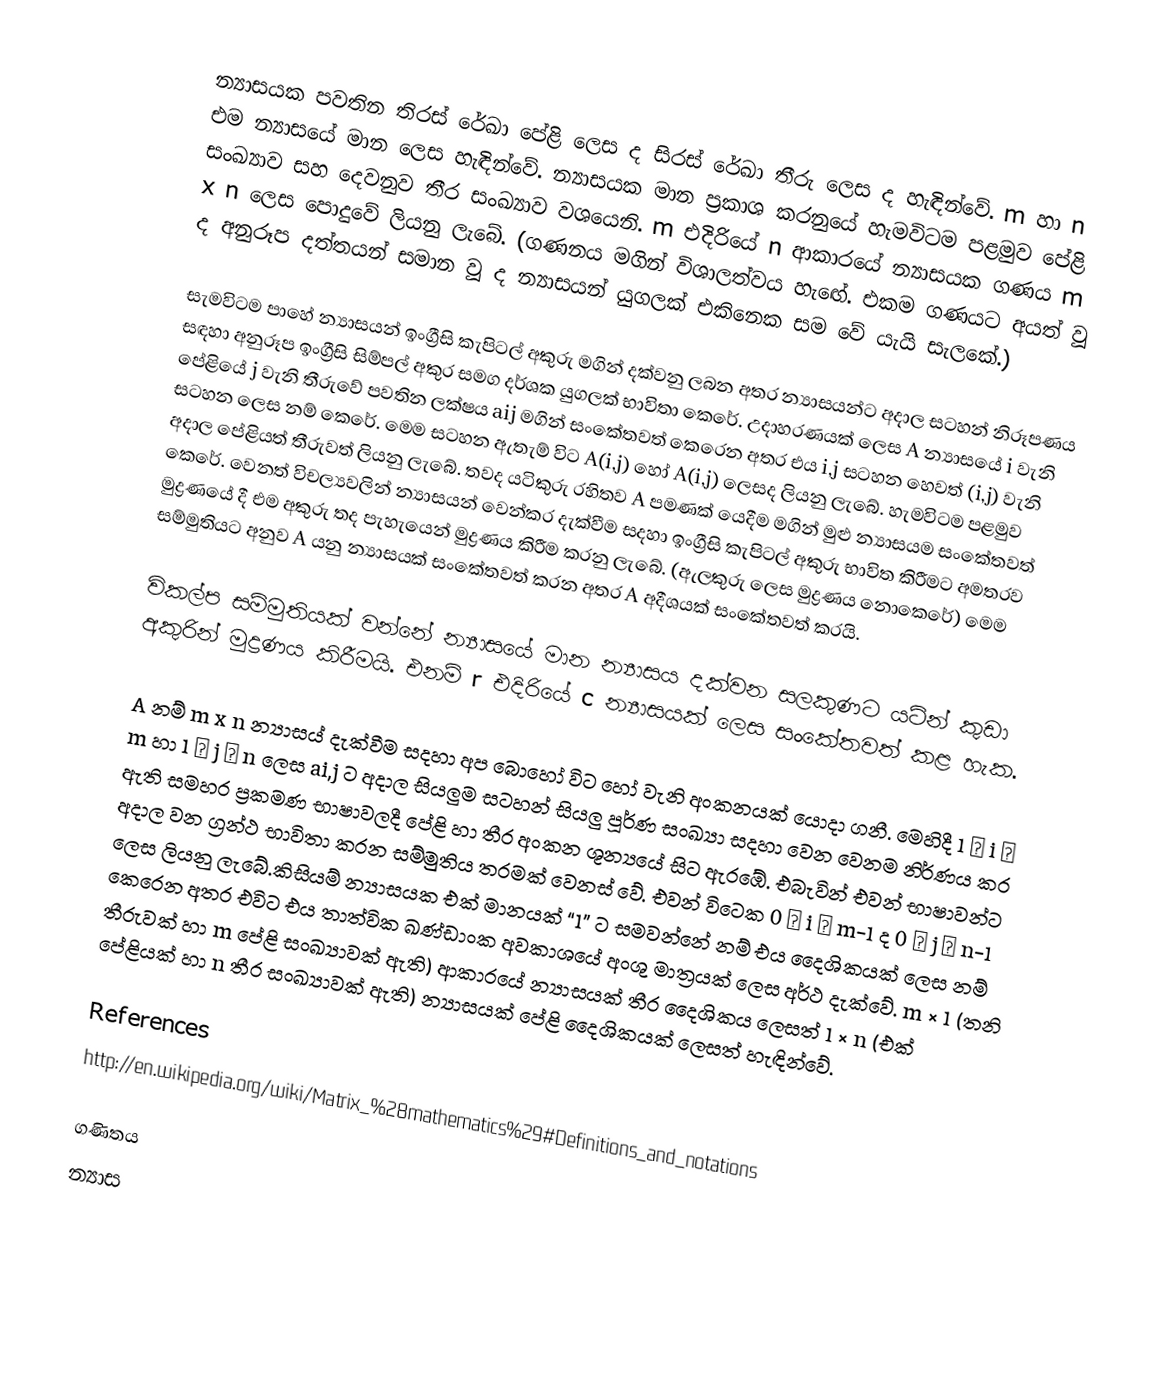
න්‍යාසයක පවතින තිරස් රේඛා පේළි ලෙස ද සිරස් රේඛා තීරු ලෙස ද හැඳින්වේ. m හා n එම න්‍යාසයේ මාන ලෙස හැඳින්වේ. න්‍යාසයක මාන ප්‍රකාශ කරනුයේ හැමවිටම පළමුව පේළි  සංඛ්‍යාව සහ දෙවනුව තීර සංඛ්‍යාව වශයෙනි. m ‍එදිරියේ  n  ආකාරයේ න්‍යාසයක ගණය m x n ලෙස පොදුවේ ලියනු ලැබේ. (ගණනය මගින් විශාලත්වය හැ‍ඟේ. එකම ගණයට අයත් වූ ද අනුරූප දත්තයන් සමාන වූ ද න්‍යාසයන් යුගලක් එකිනෙක සම වේ යැයි සැලකේ.)

සැමවිටම පාහේ න්‍යාසයන් ඉංග්‍රීසි කැපිටල් අකුරු මගින් දක්වනු ලබන අතර න්‍යාසයන්ට අදාල සටහන් නිරූපණය සඳහා අනුරූප ඉංග්‍රීසි සිම්පල් අකුර සමග දර්ශක යුගලක් භාවිතා කෙරේ. උදාහරණයක් ලෙස A න්‍යාසයේ i  වැනි පේළියේ j වැනි තීරුවේ පවතින ලක්ෂය aij මගින් සංකේතවත් කෙරෙන අතර එය i,j සටහන හෙවත් (i,j) වැනි සටහන ලෙස නම් කෙරේ. මෙම සටහන ඇතැම් විට A(i,j) හෝ A(i,j) ලෙසද ලියනු ලැබේ. හැමවිටම පළමුව අදාල පේළියත් තීරුවත් ලියනු ලැබේ. තවද යටිකුරු රහිතව A පමණක් යෙදීම මගින් මුළු න්‍යාසයම සංකේතවත් කෙරේ. වෙනත් විචල්‍යවලින් න්‍යාසයන් වෙන්කර දැක්වීම සදහා ඉංග්‍රීසි කැපිටල් අකුරු භාවිත කිරීමට අමතරව මුද්‍රණයේ දී එම අකුරු තද පැහැයෙන් මුද්‍රණය කිරීම කරනු ලැබේ. (ඇලකුරු ලෙස මුද්‍රණය නොකෙරේ) මෙම සම්මුතියට අනුව A යනු න්‍යාසයක් සංකේතවත් කරන අතර A අදීශයක් සංකේතවත් කරයි.

විකල්ප සම්මුතියක් වන්නේ න්‍යාසයේ මාන න්‍යාසය දක්වන සලකුණට යටින් කුඩා අකුරින් මුද්‍රණය කිරීමයි. එනම් r එදිරියේ c න්‍යාසයක්   ලෙස සංකේතවත් කළ හැක.

A නම් m x n න්‍යාසය් දැක්වීම සදහා අප බොහෝ විට    හෝ   වැනි අංකනයක් යොදා ගනී. මෙහිදී 1 ≤ i ≤ m  හා 1 ≤ j ≤ n ලෙස ai,j  ට අදාල සියලුම සටහන් සියලු පූර්ණ සංඛ්‍යා සදහා වෙන වෙනම නිර්ණය කර ඇති සමහර ප්‍රකමණ භාෂාවලදී පේළි හා තීර අංකන ශූන්‍යයේ සිට ඇරඹේ. එබැවින් එවන් භාෂාවන්ට අදාල වන ග්‍රන්ථ භාවිතා කරන සම්මුතිය තරමක් වෙනස් වේ. එවන් විටෙක 0 ≤ i ≤ m-1 ද 0 ≤ j ≤ n-1 ලෙස ලියනු ල‍ැබේ.කිසියම් න්‍යාසයක එක් මානයක් “1” ට සමවන්නේ නම් එය දෛශිකයක් ලෙස නම් කෙරෙන අතර එවිට එය තාත්වික ඛණ්ඩාංක අවකාශයේ අංශු මාත්‍රයක් ලෙස අර්ථ දැක්වේ. m × 1 (තනි තීරුවක් හා m  පේළි සංඛ්‍යාවක් ඇති) ආකාරයේ න්‍යාසයක් තීර දෛශිකය ලෙසත් 1 × n  (එක් පේළියක් හා n තීර සංඛ්‍යාවක් ඇති) න්‍යාසයක් පේළි දෛශිකයක් ලෙසත් හැඳින්වේ.

References
http://en.wikipedia.org/wiki/Matrix_%28mathematics%29#Definitions_and_notations

ගණිතය
න්‍යාස